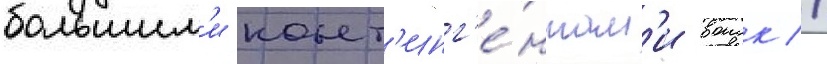
большим'и конт'инг'е́нтам'и воиск //